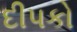
દીપકો